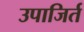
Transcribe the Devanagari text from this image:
उपाजिर्त